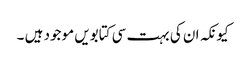
کیونکہ ان کی بہت سی کتابویں موجود ہیں ۔